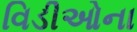
વિડીઓના